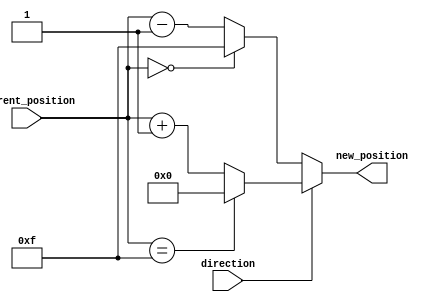
module relative_encoder #(
    parameter N = 4 // Number of bits for the current position
)(
    input  wire [N-1:0] current_position, // Current position (N bits)
    input  wire         direction,         // Direction signal (1 bit)
    output reg  [N-1:0] new_position        // New position (N bits)
);

    // Maximum and minimum values for N bits
    localparam MAX_POSITION = (1 << N) - 1; // 2^N - 1
    localparam MIN_POSITION = 0;

    always @(*) begin
        if (direction) begin
            // Clockwise movement: Increment the current position
            if (current_position == MAX_POSITION) begin
                new_position = MIN_POSITION; // Wrap around to 0
            end else begin
                new_position = current_position + 1;
            end
        end else begin
            // Counterclockwise movement: Decrement the current position
            if (current_position == MIN_POSITION) begin
                new_position = MAX_POSITION; // Wrap around to max value
            end else begin
                new_position = current_position - 1;
            end
        end
    end

endmodule